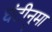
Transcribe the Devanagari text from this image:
घंटीनुमा